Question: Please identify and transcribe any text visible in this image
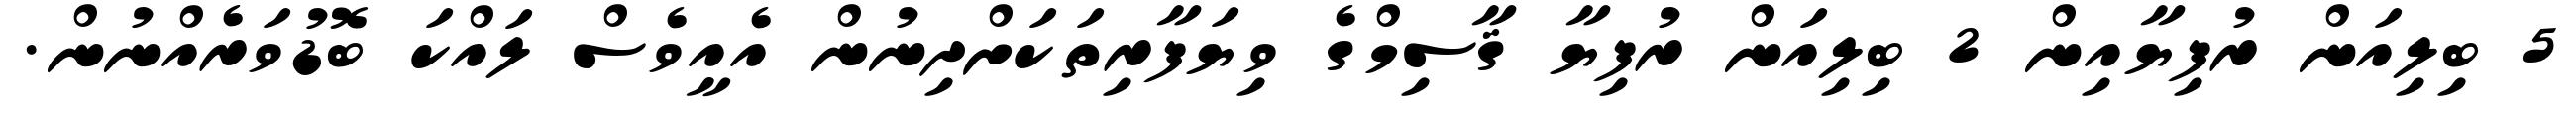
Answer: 5 ބިލިއަން ރުފިޔާއިން 2 ބިލިއަން ރުފިޔާ ޤާސިމްގެ ވިޔަފާރިތަކަށްދިނުން އެއީވެސް ލައްކަ ބޮޑުވަރެއްނުން.